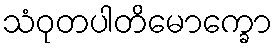
သံဝုတပါတိမောက္ခော